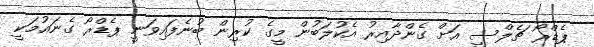
ޕެޑްރޯ ޗެލްސީ އަށް ގެންދާއިރު އެކުލަބުން މީގެ ކުރިން ބުނެފައިވަނީ ޕެޑްރޯ ގެނައުމަކީ